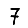
Digit: 7